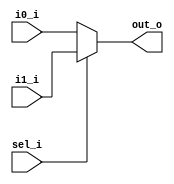
module mux_2_1_behav_reg
(
input i0_i,
input i1_i,
input sel_i,
output reg out_o
);

always@(i0_i or i1_i or sel_i) begin
    if (sel_i == 1'b0) begin
        out_o = i0_i;
    end
    else begin
        out_o = i1_i;
    end
end

endmodule